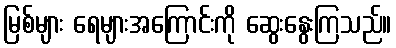
မြစ်များ ရေများအကြောင်းကို ဆွေးနွေးကြသည်။